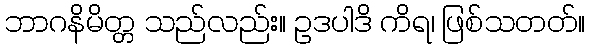
ဘာဂနိမိတ္တ သည်လည်း။ ဥဒပါဒိ ကိရ၊ ဖြစ်သတတ်။